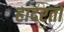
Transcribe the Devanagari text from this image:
हादरतो